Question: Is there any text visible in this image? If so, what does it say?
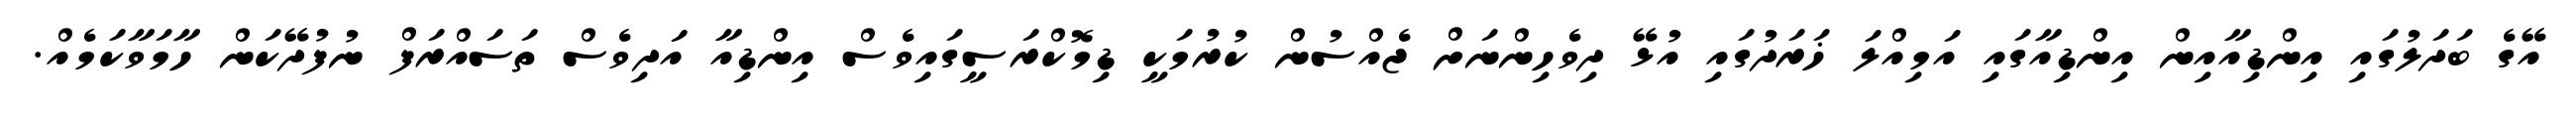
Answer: އޭގެ ބަދަލުގައި އިންޑިއާއިން އިންޑިއާގައި އަމިއްލަ ޚަރަދުގައި އުޅޭ ދިވެހިންނަށް ޖެއްސުން ކުރުމަކީ ޑިމޮކްރަސީގައިވެސް އިންޑިއާ އަދިވެސް ތަސައްރަފް ނުފުދޭކަން ހާމަވާކަމެއް.